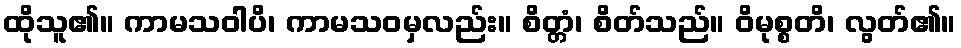
ထိုသူ၏။ ကာမသဝါပိ၊ ကာမသဝမှလည်း။ စိတ္တံ၊ စိတ်သည်။ ဝိမုစ္စတိ၊ လွတ်၏။